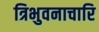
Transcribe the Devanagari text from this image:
त्रिभुवनाचारि